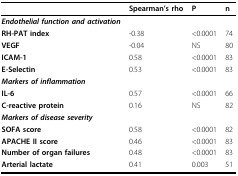
<table><thead><tr><td></td><td><b>Spearman&#x27;s rho</b></td><td><b>P</b></td><td><b>n</b></td></tr></thead><tbody><tr><td><b><i>Endothelial function and activation</i></b></td><td></td><td></td><td></td></tr><tr><td><b>RH-PAT index</b></td><td>-0.38</td><td>&lt;0.0001</td><td>74</td></tr><tr><td><b>VEGF</b></td><td>-0.04</td><td>NS</td><td>80</td></tr><tr><td><b>ICAM-1</b></td><td>0.58</td><td>&lt;0.0001</td><td>83</td></tr><tr><td><b>E-Selectin</b></td><td>0.53</td><td>&lt;0.0001</td><td>83</td></tr><tr><td><b><i>Markers of inflammation</i></b></td><td></td><td></td><td></td></tr><tr><td><b>IL-6</b></td><td>0.57</td><td>&lt;0.0001</td><td>66</td></tr><tr><td><b>C-reactive protein</b></td><td>0.16</td><td>NS</td><td>82</td></tr><tr><td><b><i>Markers of disease severity</i></b></td><td></td><td></td><td></td></tr><tr><td><b>SOFA score</b></td><td>0.58</td><td>&lt;0.0001</td><td>82</td></tr><tr><td><b>APACHE II score</b></td><td>0.46</td><td>&lt;0.0001</td><td>83</td></tr><tr><td><b>Number of organ failures</b></td><td>0.48</td><td>&lt;0.0001</td><td>83</td></tr><tr><td><b>Arterial lactate</b></td><td>0.41</td><td>0.003</td><td>51</td></tr></tbody></table>